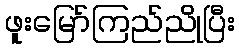
ဖူးမြော်ကြည်ညိုပြီး